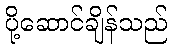
ပို့ဆောင်ချိန်သည်